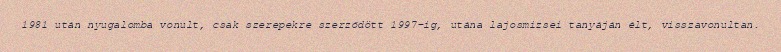
1981 után nyugalomba vonult, csak szerepekre szerződött 1997-ig, utána lajosmizsei tanyáján élt, visszavonultan.